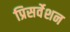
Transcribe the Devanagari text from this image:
प्रिसर्वेशन